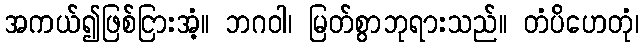
အကယ်၍ဖြစ်ငြားအံ့။ ဘဂဝါ၊ မြတ်စွာဘုရားသည်။ တံပိဟေတုံ၊